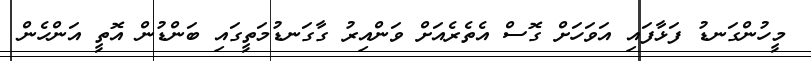
މީހުންގަނޑު ފަޅާފައި އަވަހަށް ގޮސް އެތެރެއަށް ވަންއިރު ގާގަނޑުމަތީގައި ބަންޑުން އޮތީ އަންހެން